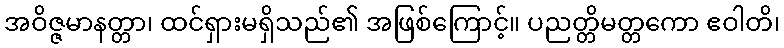
အဝိဇ္ဇမာနတ္တာ၊ ထင်ရှားမရှိသည်၏ အဖြစ်ကြောင့်။ ပညတ္တိမတ္တကော ဧဝါတိ၊